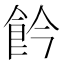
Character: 𩚕